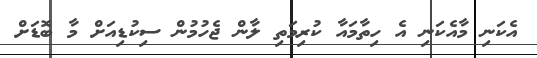
އެކަނި މާއެކަނި އެ ހިތާމައާ ކުރިމަތި ލާން ޖެހުމުން ސިކުޑިއަށް މާ ބޮޑަށް